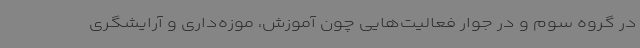
در گروه سوم و در جوار فعالیت‌هایی چون آموزش، موزه‌داری و آرایشگری